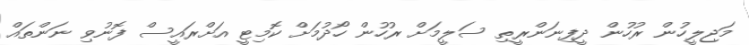
މަޖިލީހުން ރުހުން ދީފިނަންރީތި ސަލީމަށް ރުހުން ހޯދުމަށް ކޮމިޓީ އަށްރައީސް ފޮނުވި ނަންތައް